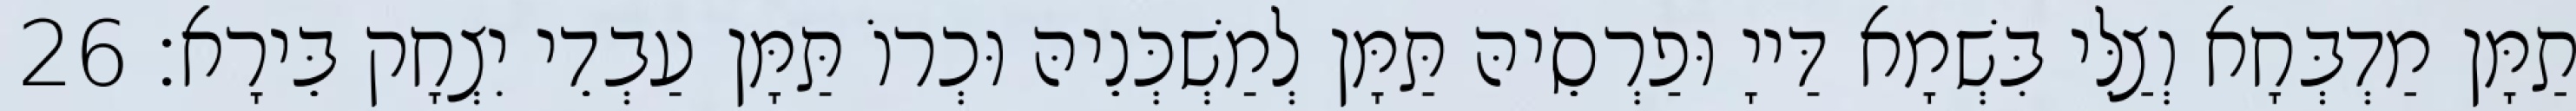
תַמָּן מַדְבְּחָא וְצַלִּי בִּשְׁמָא דַּייָ וּפַרְסֵיהּ תַּמָּן לְמַשְׁכְּנֵיהּ וּכְרוֹ תַּמָּן עַבְדֵי יִצְחָק בֵּירָא׃ 26